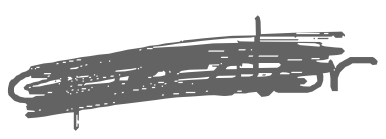
Text: operator
Cross-out: scratch
Writing tool: digital_gray